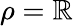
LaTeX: \rho=\mathbb{R}